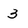
Character: 3